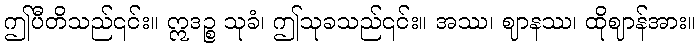
ဤပီတိသည်၎င်း။ ဣဒဉ္စ သုခံ၊ ဤသုခသည်၎င်း။ အဿ၊ ဈာနဿ၊ ထိုဈာန်အား။